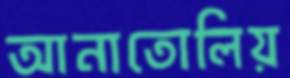
আনাতোলিয়